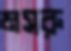
মসরু